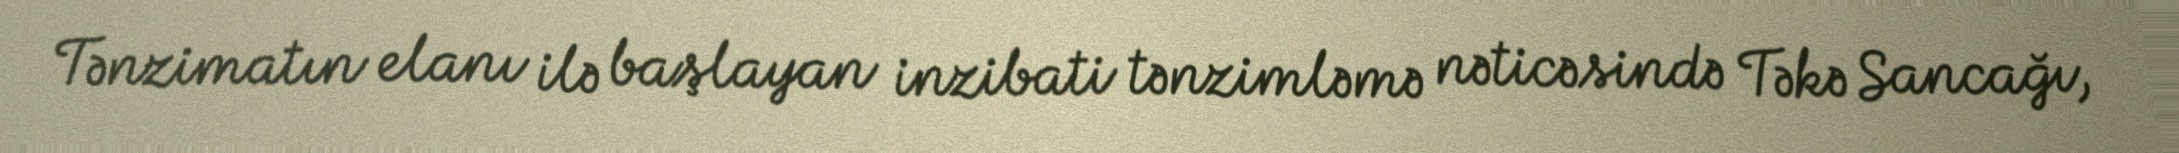
Tənzimatın elanı ilə başlayan inzibati tənzimləmə nəticəsində Təkə Sancağı,